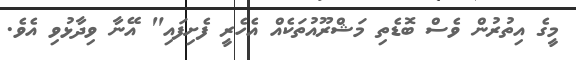
މީގެ އިތުރުން ވެސް ބޮޑެތި މަޝްރޫއުތަކެއް އެހެރީ ފެށިފައި" އޭނާ ވިދާޅުވި އެވެ.